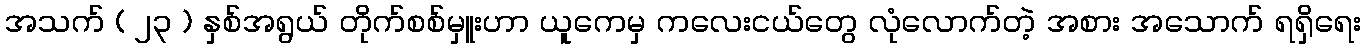
အသက် ( ၂၃ ) နှစ်အရွယ် တိုက်စစ်မှူးဟာ ယူကေမှ ကလေးငယ်တွေ လုံလောက်တဲ့ အစား အသောက် ရရှိရေး